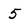
Character: 5